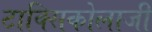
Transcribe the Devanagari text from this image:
टाक्सिकोलाजी